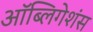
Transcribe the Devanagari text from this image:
ऑब्लिगेशंस